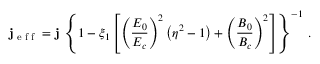
{ \bf j } _ { \textrm { e f f } } = { \bf j } \, \left\{ 1 - \xi _ { 1 } \left[ \left( \frac { E _ { 0 } } { E _ { c } } \right) ^ { 2 } \left( \eta ^ { 2 } - 1 \right) + \left( \frac { B _ { 0 } } { B _ { c } } \right) ^ { 2 } \right] \right\} ^ { - 1 } \, .